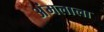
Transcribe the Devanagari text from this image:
अंमलाला